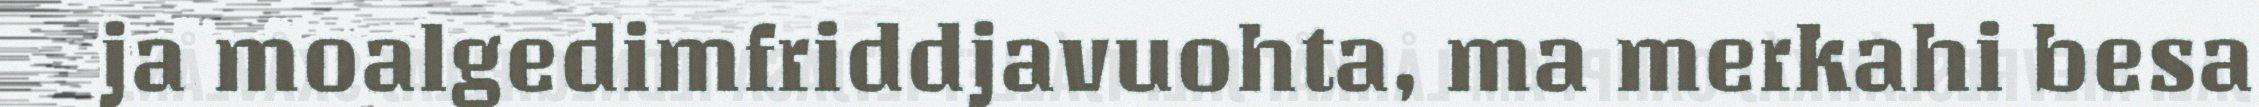
ja moalgedimfriddjavuohta, ma merkahi besa